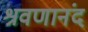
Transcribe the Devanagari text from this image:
श्रवणानंद